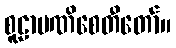
စူဠာမဏိစေတီတော်။